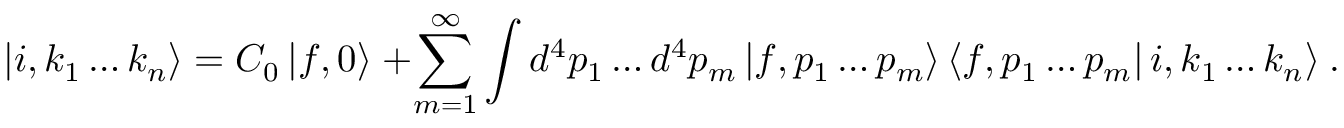
\left| i , k _ { 1 } \ldots k _ { n } \right\rangle = C _ { 0 } \left| f , 0 \right\rangle \ + \sum _ { m = 1 } ^ { \infty } \int { d ^ { 4 } p _ { 1 } \ldots d ^ { 4 } p _ { m } \left| f , p _ { 1 } \ldots p _ { m } \right\rangle } \left\langle f , p _ { 1 } \ldots p _ { m } \right| i , k _ { 1 } \ldots k _ { n } \rangle ~ .